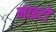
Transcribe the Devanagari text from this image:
नाइटों